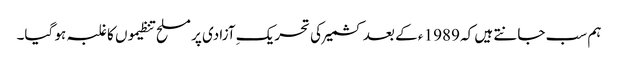
ہم سب جانتے ہیں کہ 1989 ء کے بعد کشمیر کی تحریکِ آزادی پر مسلح تنظیموں کا غلبہ ہو گیا۔